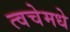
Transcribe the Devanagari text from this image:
त्वचेमधे